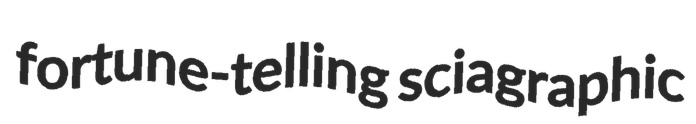
fortune-telling sciagraphic